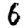
Digit: 6